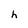
Character: h